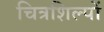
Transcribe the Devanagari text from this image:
चित्रशिल्पों